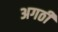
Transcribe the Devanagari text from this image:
अगठी